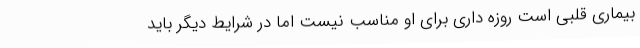
بیماری قلبی است روزه داری برای او مناسب نیست اما در شرایط دیگر باید